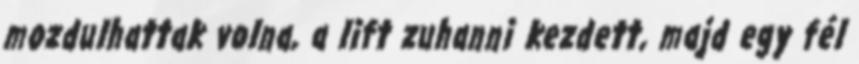
mozdulhattak volna, a lift zuhanni kezdett, majd egy fél